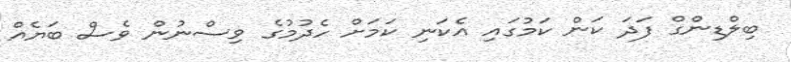
ބިލްޑިންގް ފަދަ ކަން ކަމުގައި އެކަނި ކަމަށް ހެދުމުގެ ވިސްނުން ވެސް ބަޔެއް